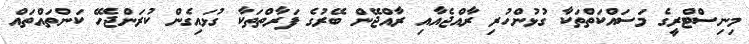
މިނިސްޓްރީގެ މަސައްކަތްތަކާ ގުޅުންހުރި ރާއްޖެއާއި ރާއްޖޭން ބޭރުގެ ފަރާތްތަކާ ގުޅައިގެން ކުރަންޖެހޭ ކަންތައްތައް